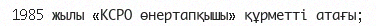
1985 жылы «КСРО өнертапқышы» құрметті атағы;